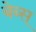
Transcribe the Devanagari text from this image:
बेब्स्